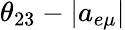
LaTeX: \theta_{23}-|a_{e\mu}|